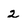
Character: 2